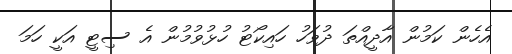
އެހެން ކަމުން އާދީއްތަ ދުވަހު ހައިކޯޓު ހުޅުވުމުން އެ ސިޓީ އަކީ ހަމަ